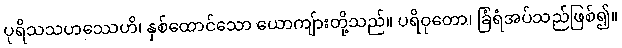
ပုရိသသဟဿေဟိ၊ နှစ်ထောင်သော ယောကျ်ားတို့သည်။ ပရိဝုတော၊ ခြံရံအပ်သည်ဖြစ်၍။